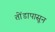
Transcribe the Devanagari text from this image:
तोंडापासून